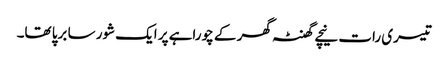
تیسری رات نیچے گھنٹہ گھر کے چوراہے پر ایک شور سا برپا تھا۔